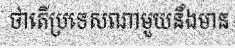
ថាតើប្រទេសណាមួយនឹងមាន